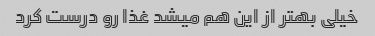
خیلی بهتر از این هم میشد غذا رو درست کرد